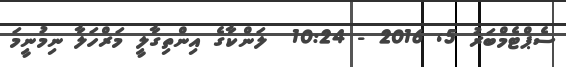
ސެޕްޓެމްބަރު 5